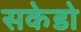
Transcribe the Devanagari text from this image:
सकेडो